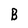
Character: B